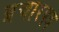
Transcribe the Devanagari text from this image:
प्रचारपत्र